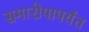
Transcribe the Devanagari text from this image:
समारोपापर्यंत